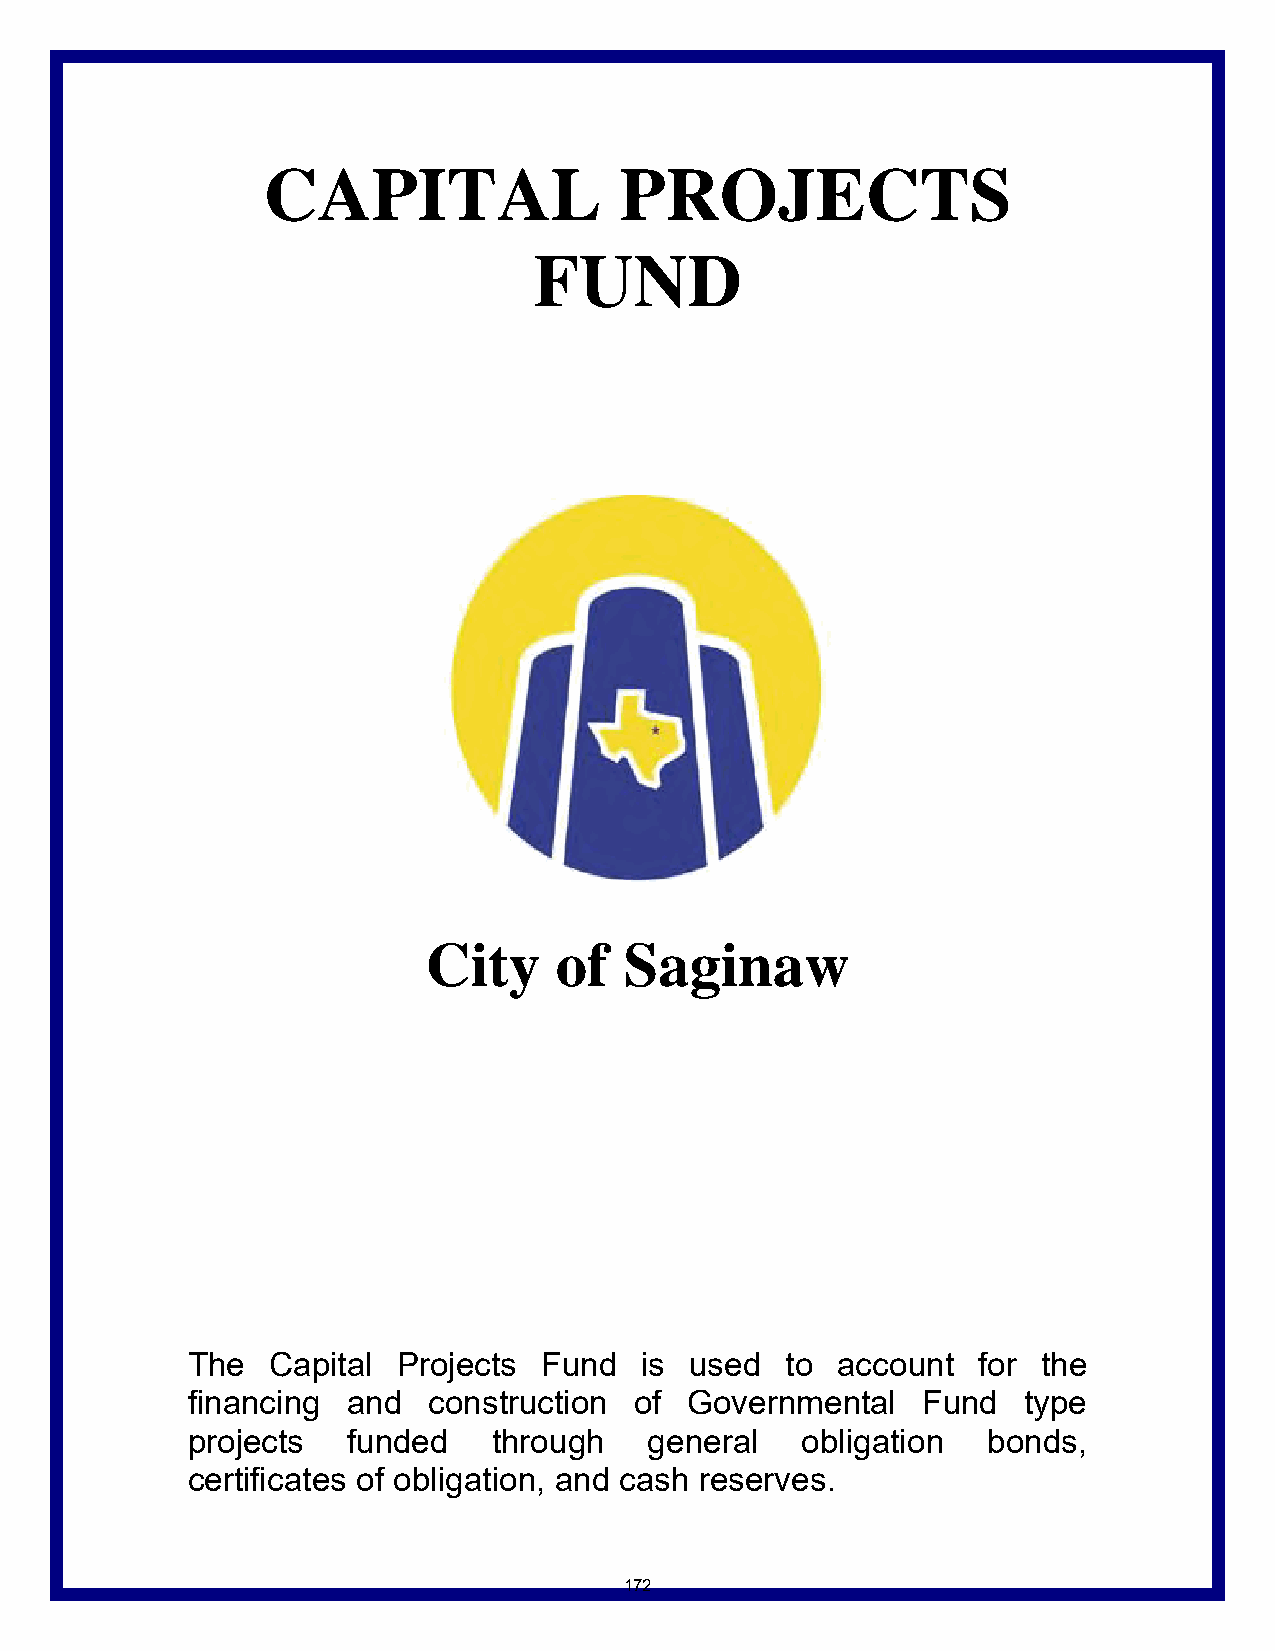
CAPITAL                 PROJECTS
 FUND
 City     of  Saginaw
 The   Capital Projects  Fund  is  used  to account   for the
 financing  and  construction  of Governmental    Fund   type
 projects   funded    through   general   obligation  bonds,
 certificates of obligation, and cash reserves.
 172